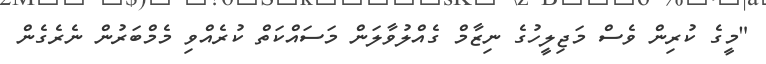
"މީގެ ކުރިން ވެސް މަޖިލީހުގެ ނިޒާމް ގެއްލުވާލަން މަސައްކަތް ކުރެއްވި މެމްބަރުން ނެރެގެން